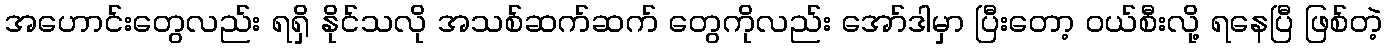
အဟောင်းတွေလည်း ရရှိ နိုင်သလို အသစ်ဆက်ဆက် တွေကိုလည်း အော်ဒါမှာ ပြီးတော့ ဝယ်စီးလို့ ရနေပြီ ဖြစ်တဲ့